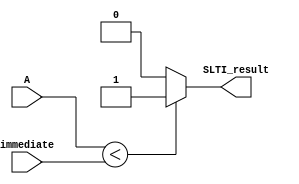
`timescale 1ns / 1ps
//////////////////////////////////////////////////////////////////////////////////
// Company: 
// Engineer: 
// 
// Design Name: 
// Module Name: SLTI
// Project Name: 
// Target Devices: 
// Tool Versions: 
// Description: 
// 
// Dependencies: 
// 
// Revision:
// Revision 0.01 - File Created
// Additional Comments:
// 
//////////////////////////////////////////////////////////////////////////////////


module SLTI(
    input [15:0] A,
    input [15:0] immediate,
    output reg SLTI_result
);

    always @* begin
        if (A < immediate) begin
            SLTI_result = 1; // Set result to 1 if A is less than the immediate value
        end else begin
            SLTI_result = 0; // Set result to 0 otherwise
        end
    end

endmodule